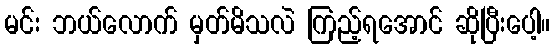
မင်း ဘယ်လောက် မှတ်မိသလဲ ကြည့်ရအောင် ဆိုပြီးပေါ့။